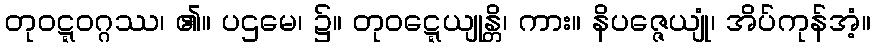
တုဝဋ္ဋဝဂ္ဂဿ၊ ၏။ ပဌမေ၊ ၌။ တုဝဋ္ဋေယျုန္တိ၊ ကား။ နိပဇ္ဇေယျုံ၊ အိပ်ကုန်အံ့။